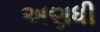
અણધી